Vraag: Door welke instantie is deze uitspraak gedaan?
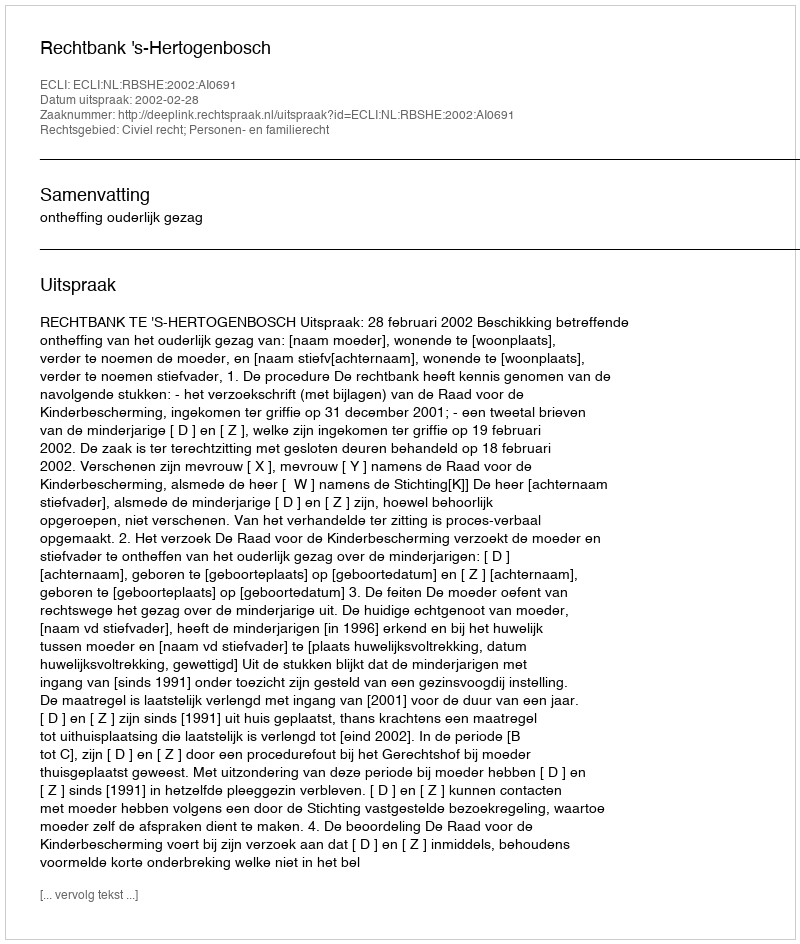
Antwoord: Rechtbank 's-Hertogenbosch